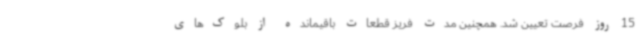
15 روز فرصت تعیین شد. همچنین مدت فریز قطعات باقیمانده از بلوک‌های